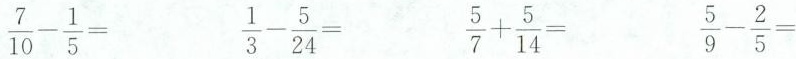
\frac{7}{10} - \frac{1}{5} = \frac{1}{3} - \frac{5}{24} = \frac{5}{7} + \frac{5}{14} = \frac{5}{9} - \frac{2}{5} =